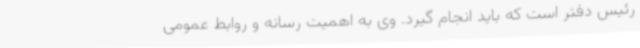
رئیس دفتر است که باید انجام گیرد. وی به اهمیت رسانه و روابط عمومی